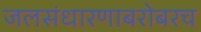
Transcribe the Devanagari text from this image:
जलसंधारणाबरोबरच